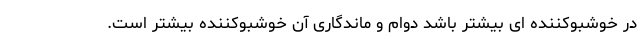
در خوشبوکننده ای بیشتر باشد دوام و ماندگاری آن خوشبوکننده بیشتر است.